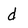
Character: d